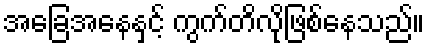
အခြေအနေနှင့် ကွက်တိလိုဖြစ်နေသည်။